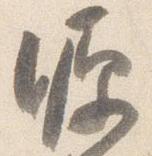
源